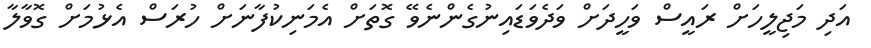
އަދި މަޖިލީހަށް ރައީސް ވަހީދަށް ވަދެވަޑައިނުގެންނެވޭ ގޮތަށް އެމަނިކުފާނަށް ހުރަސް އެޅުމަށް ގޮވާލާ